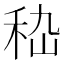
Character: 𥞇